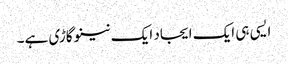
ایسی ہی ایک ایجاد ایک نینو گاڑی ہے۔